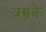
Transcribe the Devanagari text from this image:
वस्त्रके